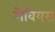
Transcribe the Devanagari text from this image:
गेवियस